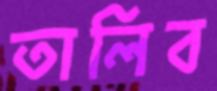
তালিব